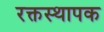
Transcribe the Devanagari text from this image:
रक्तस्थापक